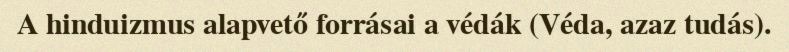
A hinduizmus alapvető forrásai a védák (Véda, azaz tudás).